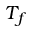
T _ { f }